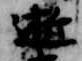
逝